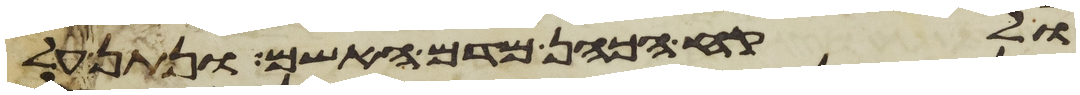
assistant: ולקח הכהן מדם האשם ונתן על